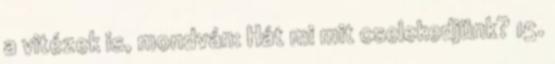
a vitézek is, mondván: Hát mi mit cselekedjünk? 15.